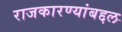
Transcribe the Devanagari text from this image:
राजकारण्यांबद्दल